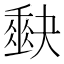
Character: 𭑡